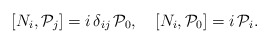
\begin{align*} \left[N_{i}, {\cal P}_{j}\right] = i\, \delta_{ij}\, {\cal P}_0 ,\quad \left[N_{i}, {\cal P}_{0}\right] = i\, {\cal P}_i.\end{align*}